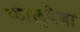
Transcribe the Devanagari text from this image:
फालुपेगा